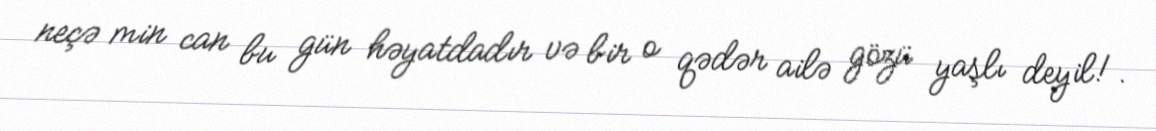
neçə min can bu gün həyatdadır və bir o qədər ailə gözü yaşlı deyil!.